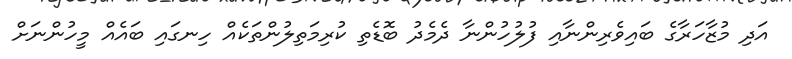
އަދި މުޒާހަރާގެ ބައިވެރިންނާއި ފުލުހުންނާ ދެމެދު ބޮޑެތި ކުރިމަތިލުންތަކެއް ހިނގައި ބައެއް މީހުންނަށް